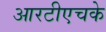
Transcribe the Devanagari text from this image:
आरटीएचके